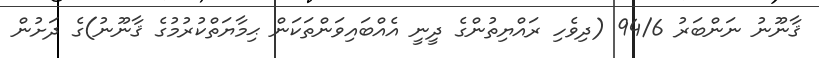
ޤާނޫނު ނަންބަރު 94/6 (ދިވެހި ރައްޔިތުންގެ ދީނީ އެއްބައިވަންތަކަން ޙިމާޔަތްކުރުމުގެ ޤާނޫނު)ގެ ދަށުުން